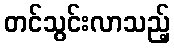
တင်သွင်းလာသည့်